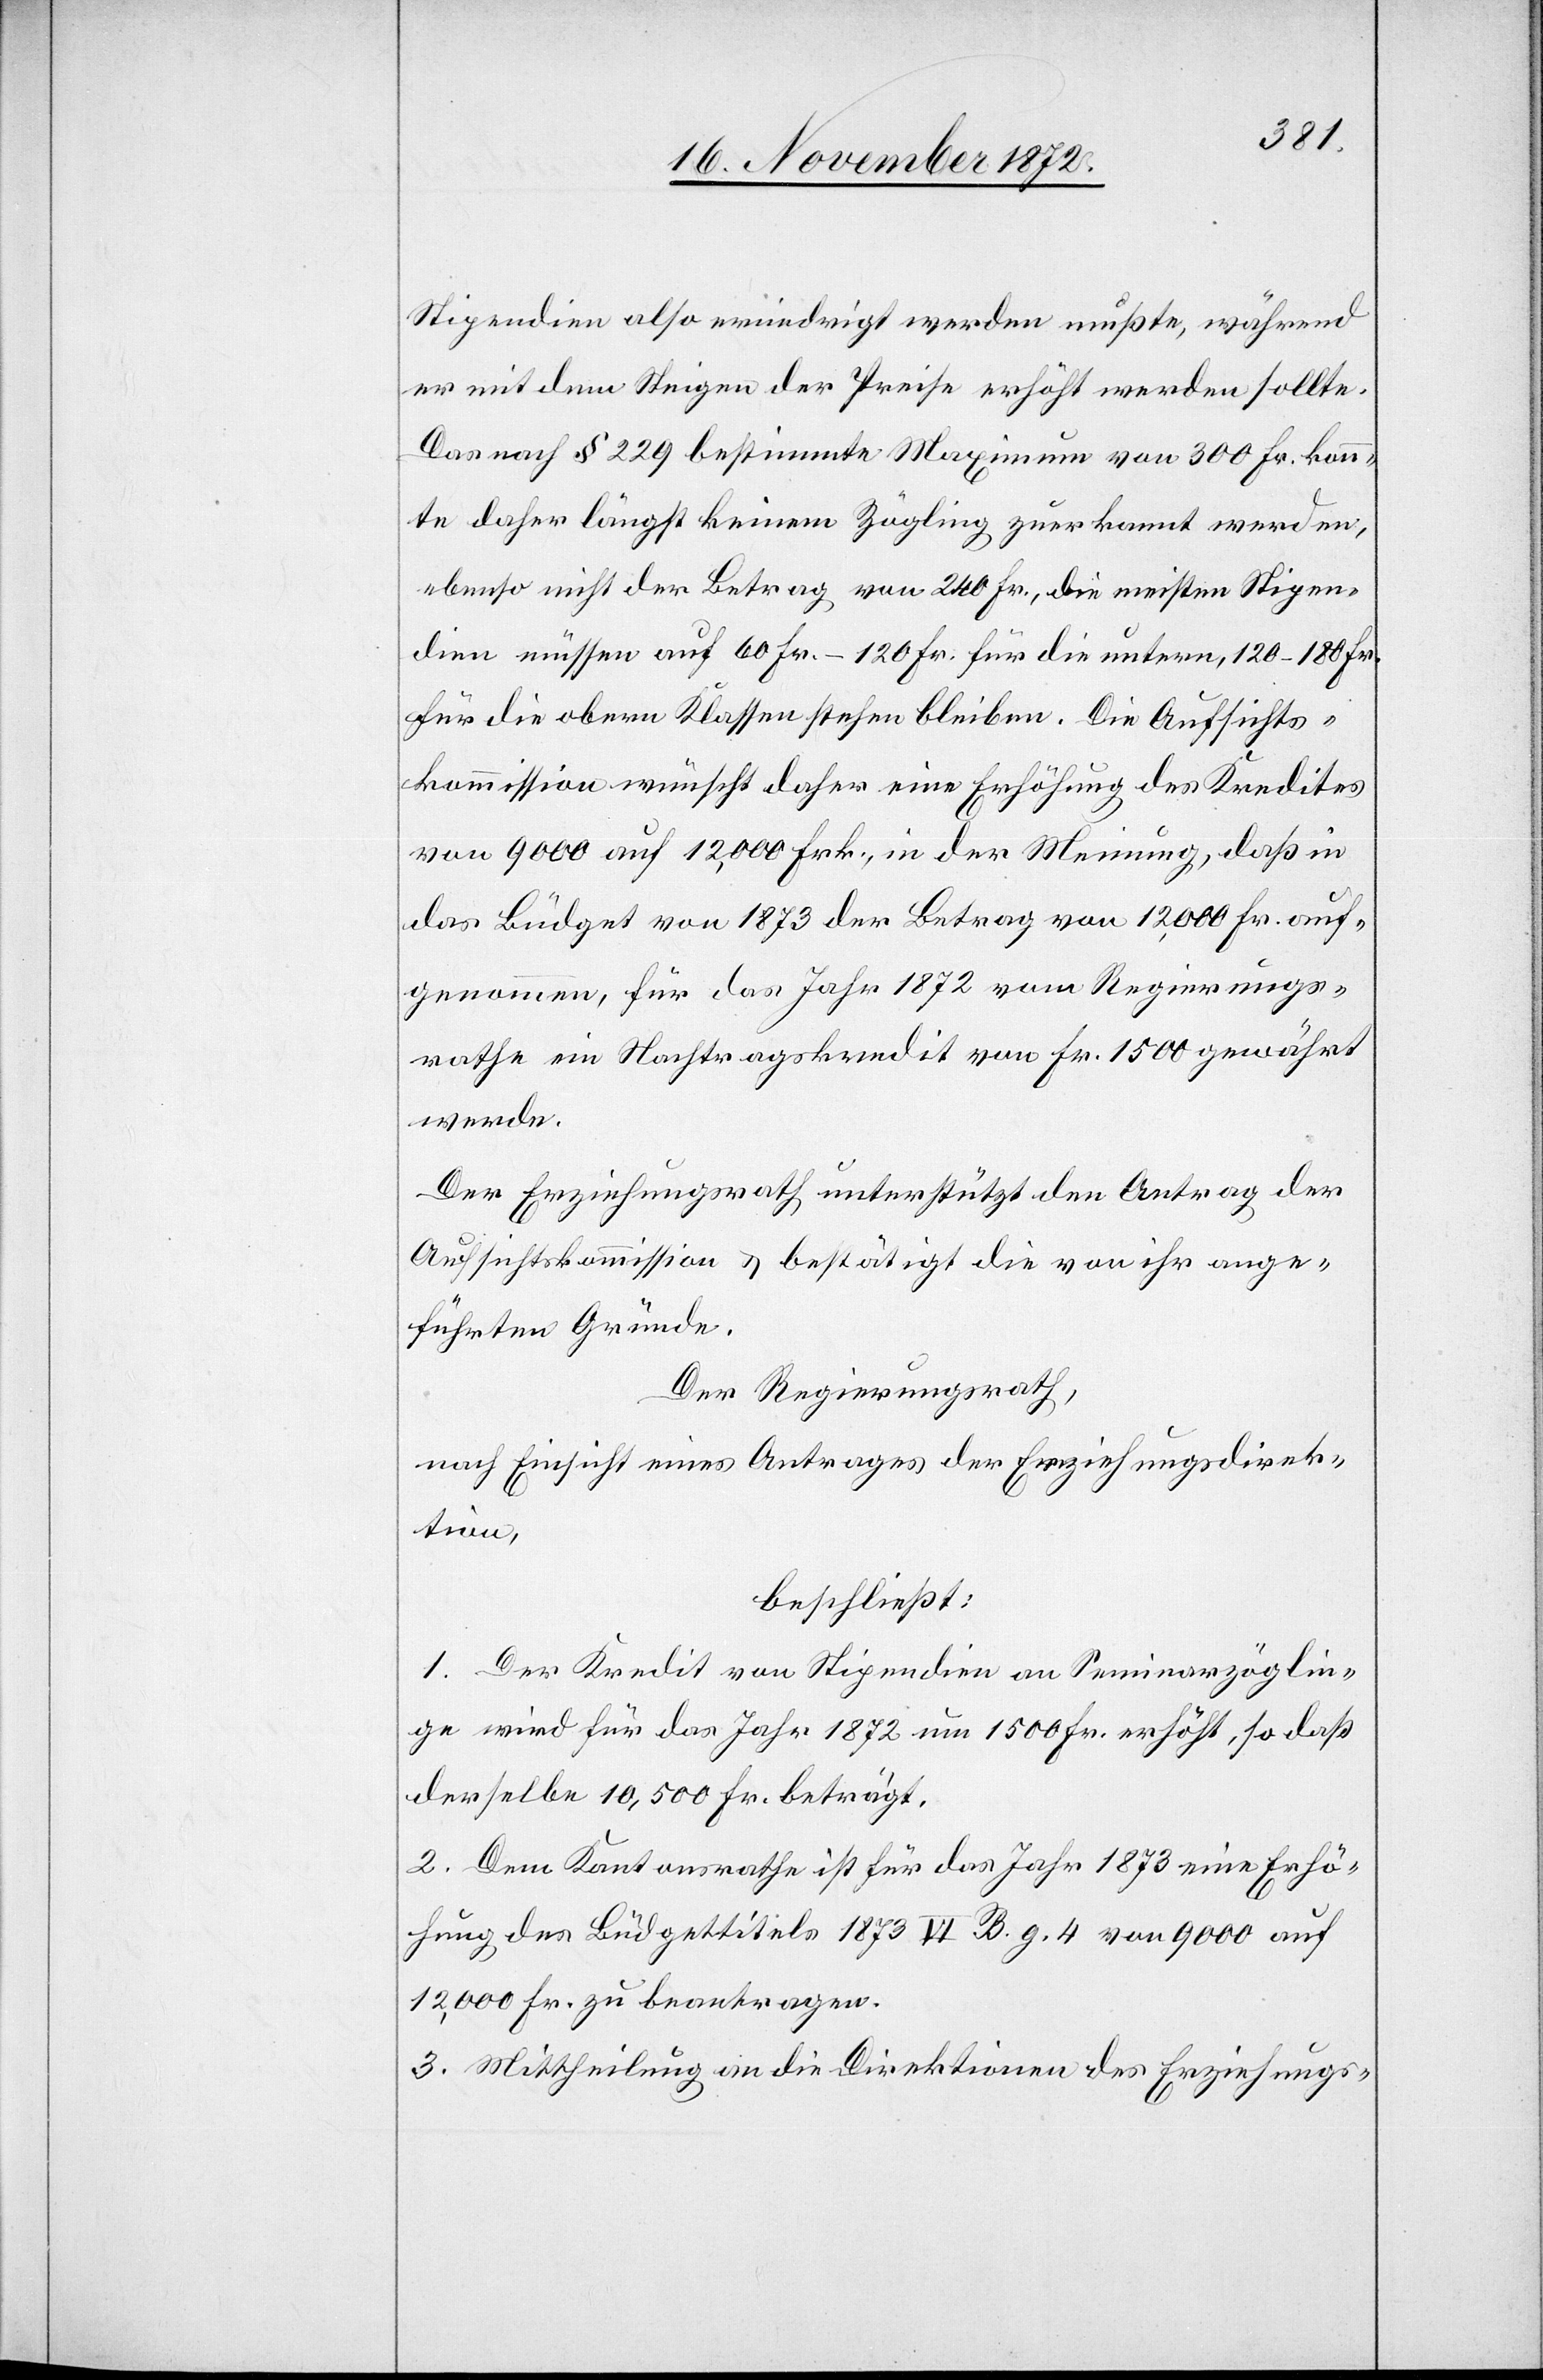
Stipendien also erniedrigt werden mußte, während
er mit dem Steigen der Preise erhöht werden sollte.
Das nach § 229 bestimmte Maximum von 300 Fr. konn¬
te daher längst keinem Zöglinge zuerkannt werden,
ebenso nicht der Betrag von 240 Fr., die meisten Stipen¬
dien müssen auf 60 Fr.–120 Fr. für die untern, 210–180 r.
für die obern Klassen stehen bleiben. Die Aufsichts¬
kommission wünscht daher eine Erhöhung des Kredites
von 9000 auf 12,000 Frk., in der Meinung, daß in
das Büdget von 1873 der Betrag von 12,000 Fr. auf¬
genommen, für das Jahr 1872 vom Regierungs¬
rathe ein Nachtragskredit von Fr. 1500 gewährt
werde.
Der Erziehungsrath unterstützt den Antrag der
Aufsichtskommission u. bestätigt die von ihr ange¬
führten Gründe.
Der Regierungsrath,
nach Einsicht eines Antrages der Erziehungsdirek¬
tion,
beschließt:
1. Der Kredit von Stipendien an Seminarzöglin¬
ge wird für das Jahr 1872 um 1500 Fr. erhöht, so daß
derselbe 10,500 Fr. beträgt.
2. Dem Kantonsrathe ist für das Jahr 1873 eine Erhö¬
hung des Büdgettitels 1873 VI B. g. 4 von 9000 auf
12,000 Fr. zu beantragen.
3. Mittheilung an die Direktionen des Erziehungs-